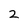
Character: 2